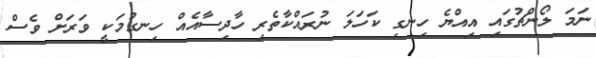
ނަމަ ލޯންޗުގައި އިއްޔެ ހިނގި ކަހަލަ ނުރައްކާތެރި ހާދިސާއެއް ހިނގުމަކީ ވަރަށް ވެސް